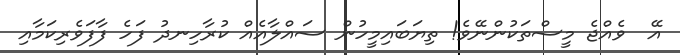
އޭ  ވެއްޖެ މީސްތަކުންނޭވެ! ތިޔަބައިމީހުން ސައްލާއެއް ކުރާހިނދު ފަހެ ފާފަވެރިކަމާއި